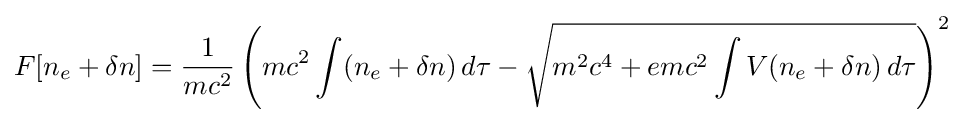
F[n_{e}+\delta n]={\frac {1}{mc^{2}}}\left(mc^{2}\int (n_{e}+\delta n)\,d\tau -{\sqrt {m^{2}c^{4}+emc^{2}\int V(n_{e}+\delta n)\,d\tau }}\right)^{2}